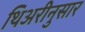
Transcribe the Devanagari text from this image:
थिअरीनुसार